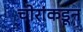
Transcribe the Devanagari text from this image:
चोरांकडून